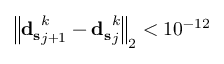
{ \left\| \mathbf { d _ { s } } _ { j + 1 } ^ { k } - \mathbf { d _ { s } } _ { j } ^ { k } \right\| } _ { 2 } < 1 0 ^ { - 1 2 }